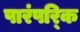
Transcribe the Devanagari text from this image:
पारंपरि्क